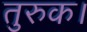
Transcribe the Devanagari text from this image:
तुरुक।